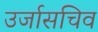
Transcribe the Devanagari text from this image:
उर्जासचिव